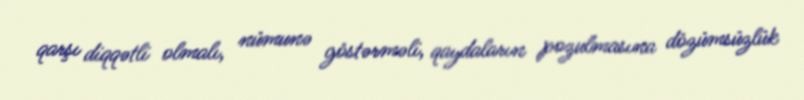
qarşı diqqətli olmalı, nümunə göstərməli, qaydaların pozulmasına dözümsüzlük